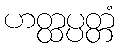
ဟတ္ထပ္ပတ္တံ